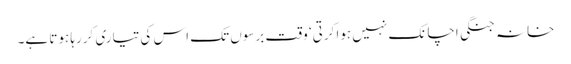
خانہ جنگی اچانک نہیں ہوا کرتی‘ وقت برسوں تک اس کی تیاری کررہا ہوتا ہے۔